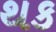
થક